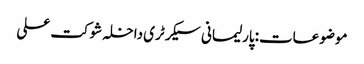
موضوعات:پارلیمانی سیکرٹری داخلہ شوکت علی